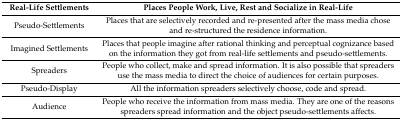
| Real-Life Settlements | Places People Work, Live, Rest and Socialize in Real-Life |
 | --- | --- |
 | Pseudo-Settlements | Places that are selectively recorded and re-presented after the mass media chose and re-structured the residence information. |
 | Imagined Settlements | Places that people imagine after rational thinking and perceptual cognizance based on the information they got from real-life settlements and pseudo-settlements. |
 | Spreaders | People who collect, make and spread information. It is also possible that spreaders use the mass media to direct the choice of audiences for certain purposes. |
 | Pseudo-Display | All the information spreaders selectively choose, code and spread. |
 | Audience | People who receive the information from mass media. They are one of the reasons spreaders spread information and the object pseudo-settlements affects. |